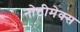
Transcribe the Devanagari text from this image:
नोटीमेक्स